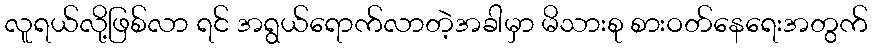
လူရယ်လို့ဖြစ်လာ ရင် အရွယ်ရောက်လာတဲ့အခါမှာ မိသားစု စားဝတ်နေရေးအတွက်